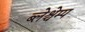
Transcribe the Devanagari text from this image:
ब्लेश्चेम्प